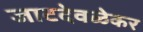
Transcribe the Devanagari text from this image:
जाटदेवळेकर